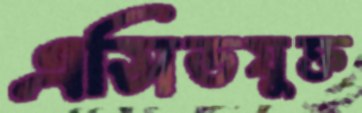
এসিডযুক্ত